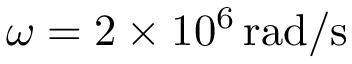
\omega = 2 \times 1 0 ^ { 6 } \, \mathrm { r a d / s }